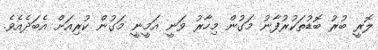
ލޮރީ ބުރު ބޮޑުތަކުރުފާނު މަގުން މިހާރު ވަނީ އަމީނީ މަގުން ކުރިއަށް އެބަދެއެވެ.